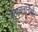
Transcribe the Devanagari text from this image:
स्ताललोनेऔर